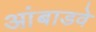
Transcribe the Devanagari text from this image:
आंबाडवे